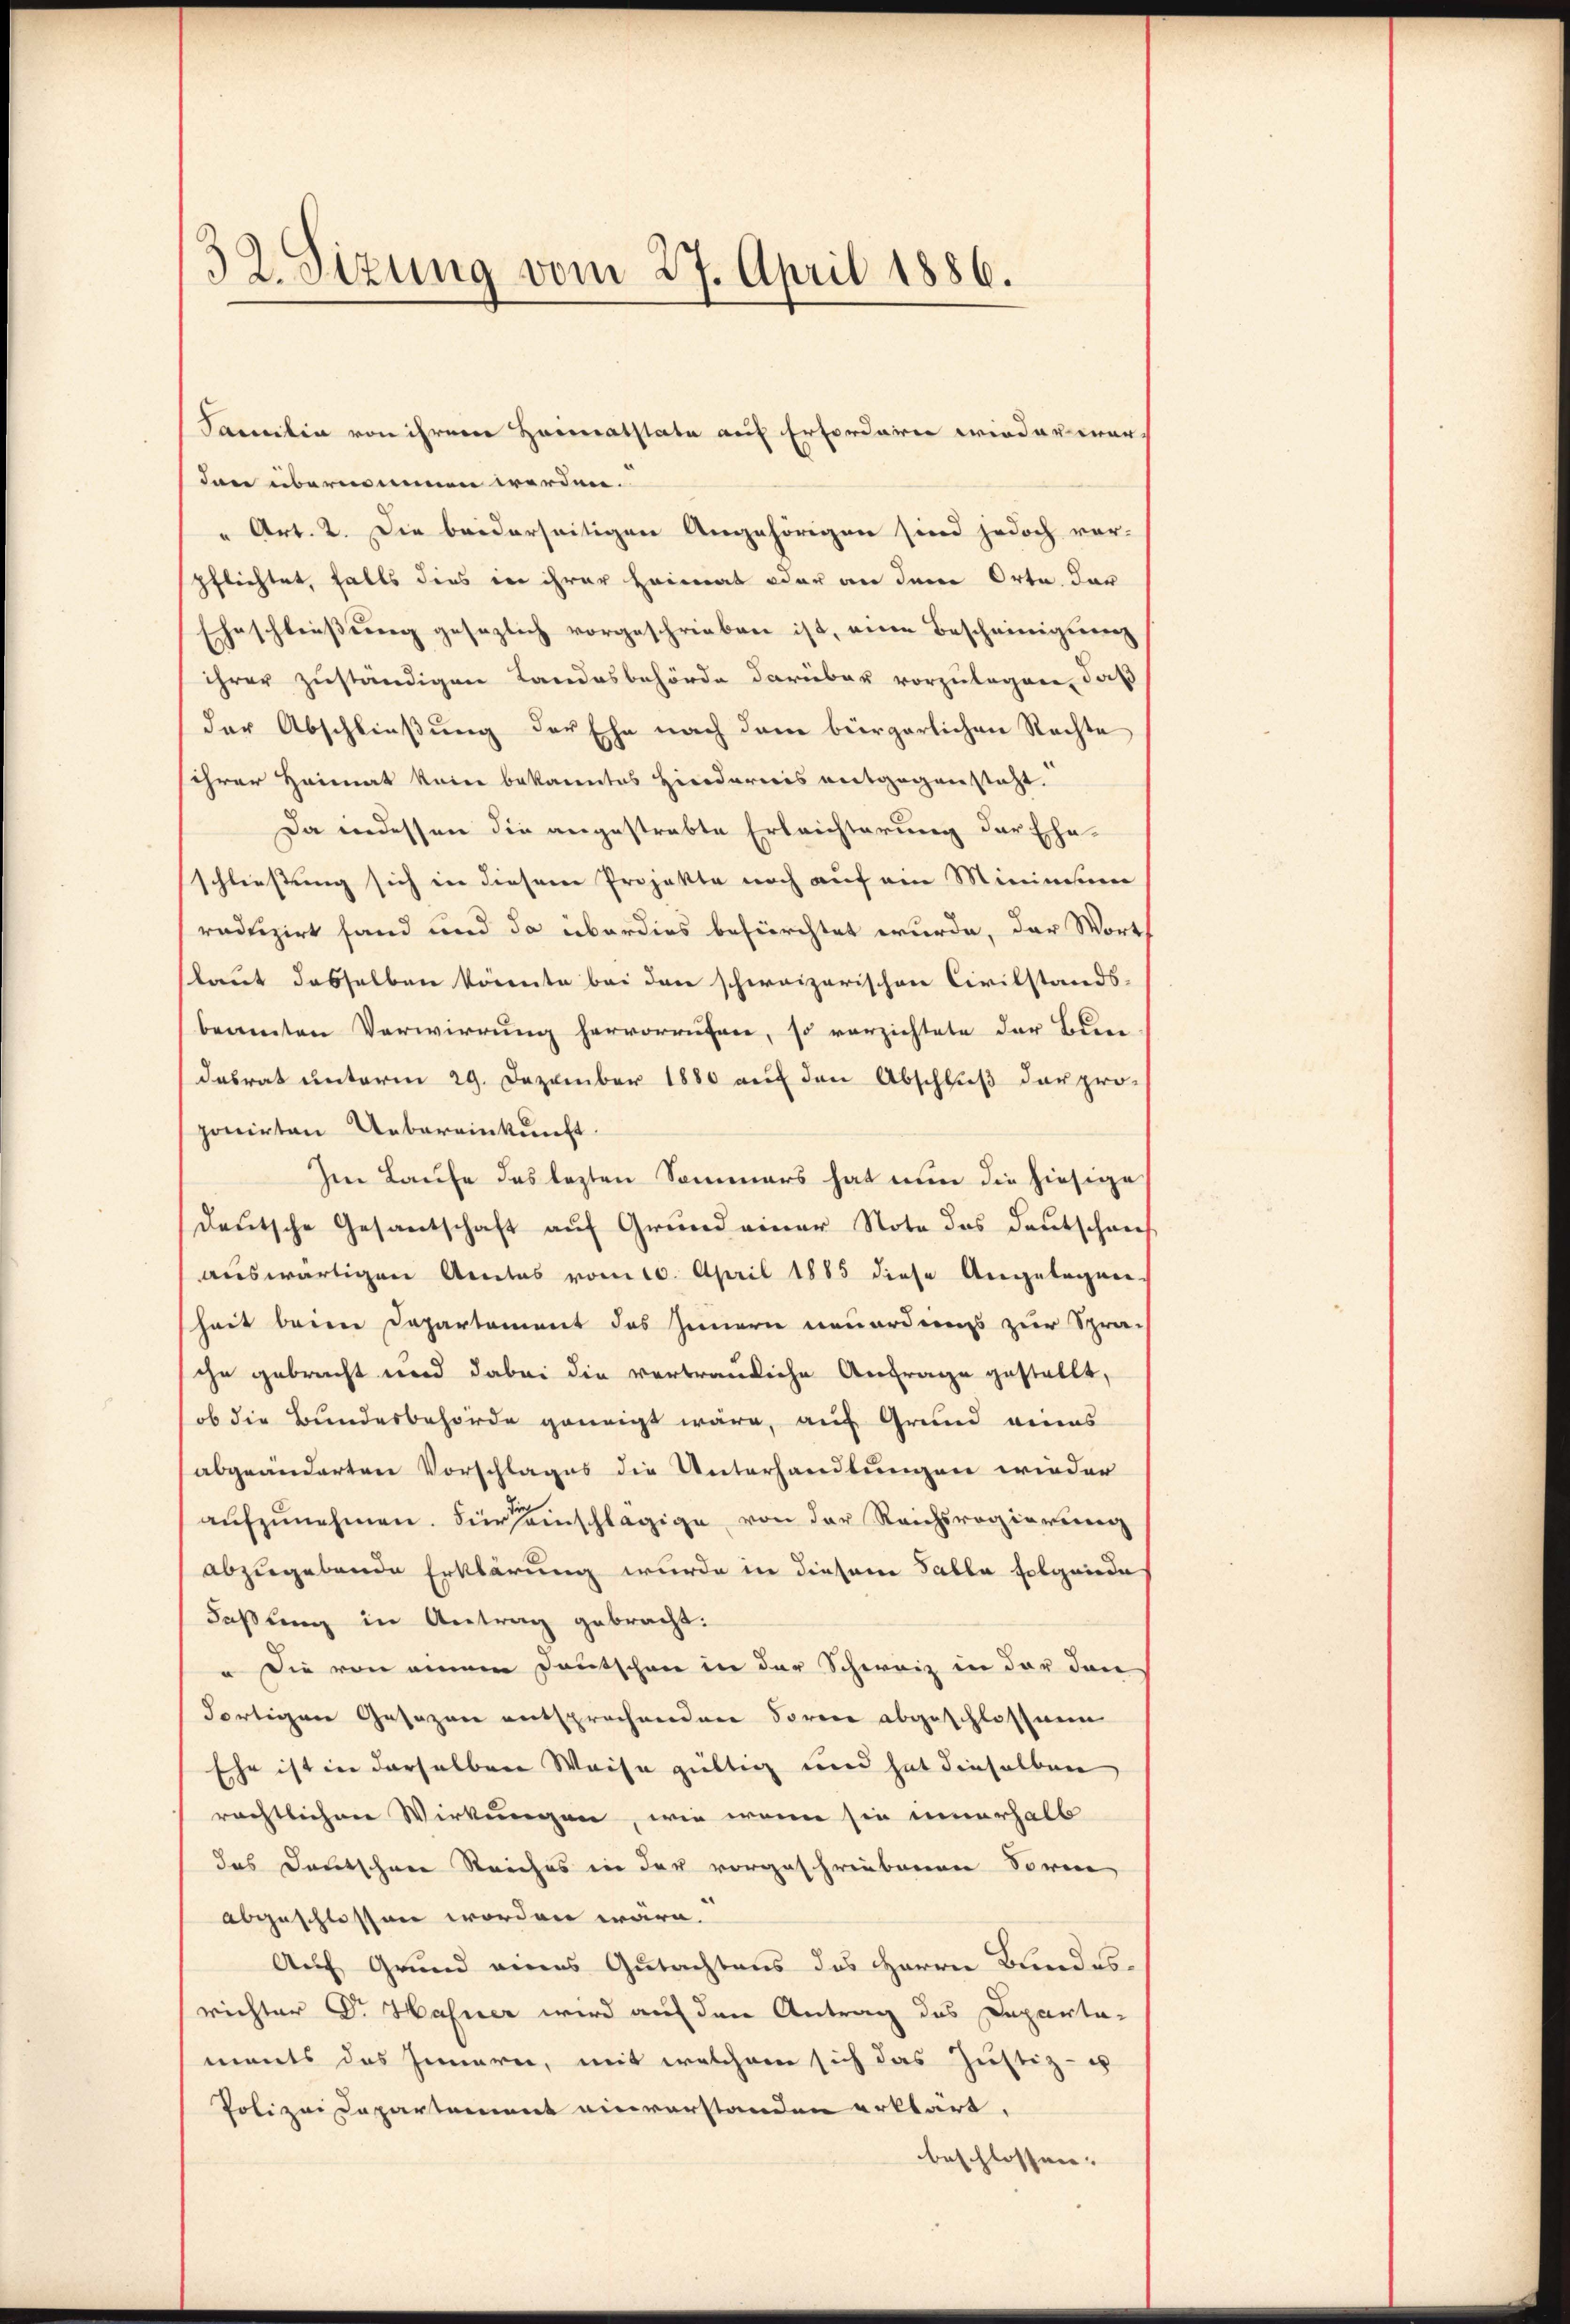
32. Sizung vom 27. April 1886.

Samilia von ihrem Heimatstate auf Erforderer wieder war.
dann übernommen werden.
" Art. 2. Die beiderseitigen Angehörigen sind jedoch vor-
pflichtet, falls dies in ihrer Heimat oder an dem Orte. Dar
Eheschliessung gesezlich vorgeschrieben ist, eine Bescheinigung
ihrer zuständigen Landesbehörde darüber vorzulegen, daß
der Abschließung der Ehe nach dem bürgerlichen Rechte
ihrer Heimat keine bekanntes Hirodareis entgegensteht.
Da indessen die angestrabte Erleichterung der Ehe-
schliessung sich in diesene Projekte noch auf ein Minimsen
radtizirt fand und da überdies befürchtet wurde, der Wort
slaut dasselben könnte bei den schweizerischen Civilstands-
beamten Verwirrung hervorrufen, so verzichtete der Bure
dasrat unterm 29. Dezember 1880 auf den Abschluß der pro-
ponirten Uebereinkunft.
Im Laufe des lezten Sommers hat nun die hiesige
deutsche Gesantschaft auf Grund einer Note des Deutschrei
auswärtigen Amtes vom 10. April 1885 diese Angelegen-
heit beim Departement das Innern neuerdiens zur Spra-
che gebracht wird dabei die vertrauliche Anfrage gestellt,
ob die Bundesbehörde geneigt wäre, auf Grund eines
abgeänderten Vorschlages die Unterhandlungen wieder
aŭfzŭnehmen. Für einschlägige von der Reichsregierung
abzugebende Erklärung wurde in diesem Talla folgende
Faßung in Antrag gebracht.
 Die von einem Deutschen in der Schweiz in der den
dortigen Gesezen entsprochenden Sorene abgeschlossene
Ehe ist in derselben Weise gültig und hat dieselben
rächtlichen Wirkungen, wie wenn sie innerhalb
das Deutschen Reiches in der vorgeschriebenen Sorm
abgeschlossen worden wäre.
Auf Grund eines Gutachtens des Herrn Bundesrichter Dr. Hahner wird auf den Antrag des Departa-
ments das Innern, mit welchem sich das Justiz- u
Polizei Departement einverstanden erklärt,
beschlossen. |